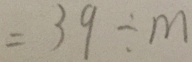
= 3 9 \div m